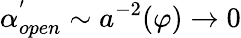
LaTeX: \alpha_{open}^{^{\prime}}\sim a^{-2}(\varphi)\rightarrow 0